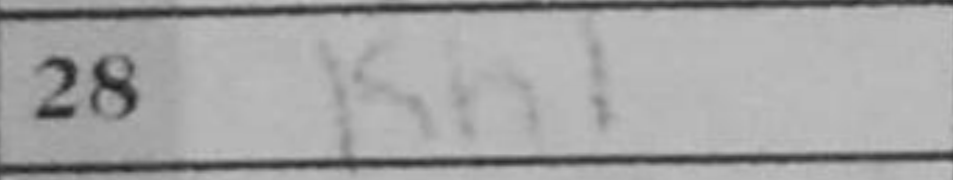
Transcription: Kh1